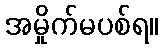
အမှိုက်မပစ်ရ။